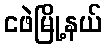
ငဖဲမြို့နယ်